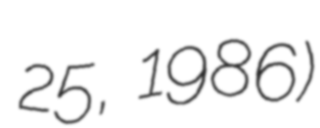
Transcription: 25, 1986)